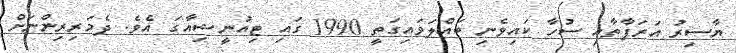
ޔާސިރު އަރަފާތާއި ސުހާ ކައިވެނި ބައްލަވައިގަތީ 1990 ގައި ޓިއުނީޝިއާގަ އެވެ. ދެމަރިރިންނަށް